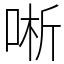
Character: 唽